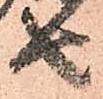
由